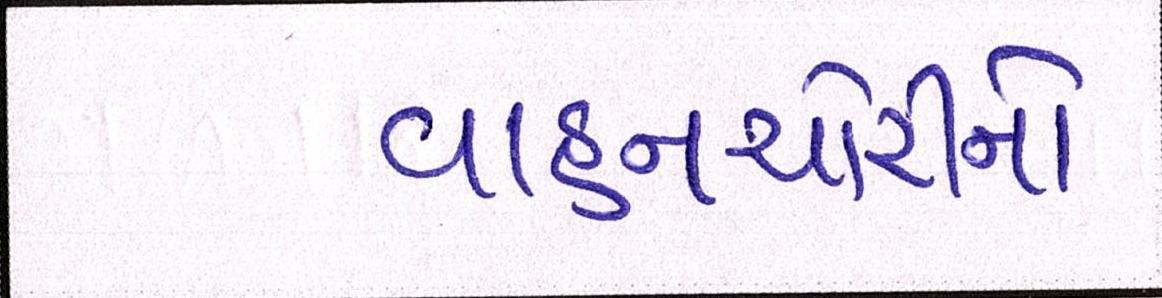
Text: વાહનચોરીનો